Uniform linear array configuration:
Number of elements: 48
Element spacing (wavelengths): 0.75
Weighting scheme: kaiser
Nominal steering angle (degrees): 30
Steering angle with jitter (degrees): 30.984
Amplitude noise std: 0.05
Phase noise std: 0.05

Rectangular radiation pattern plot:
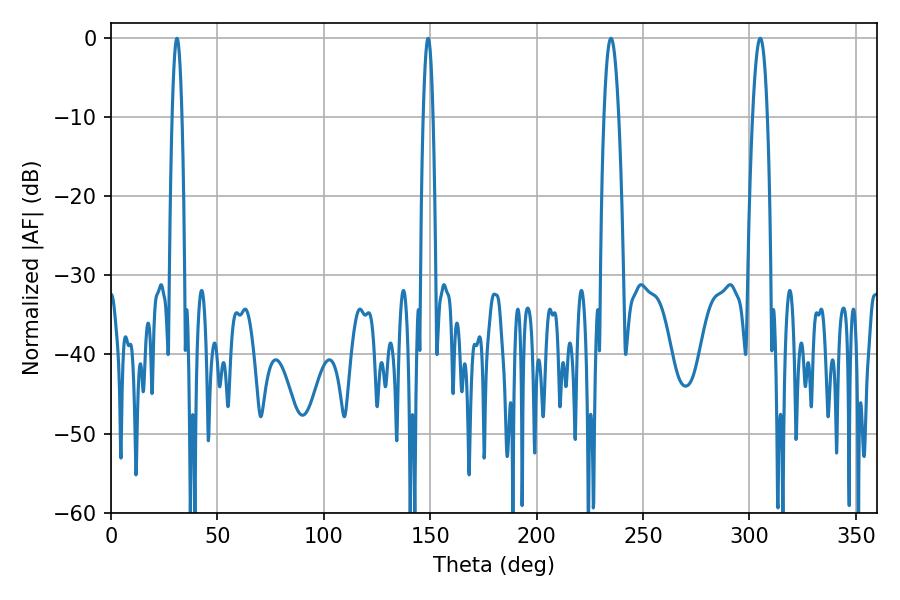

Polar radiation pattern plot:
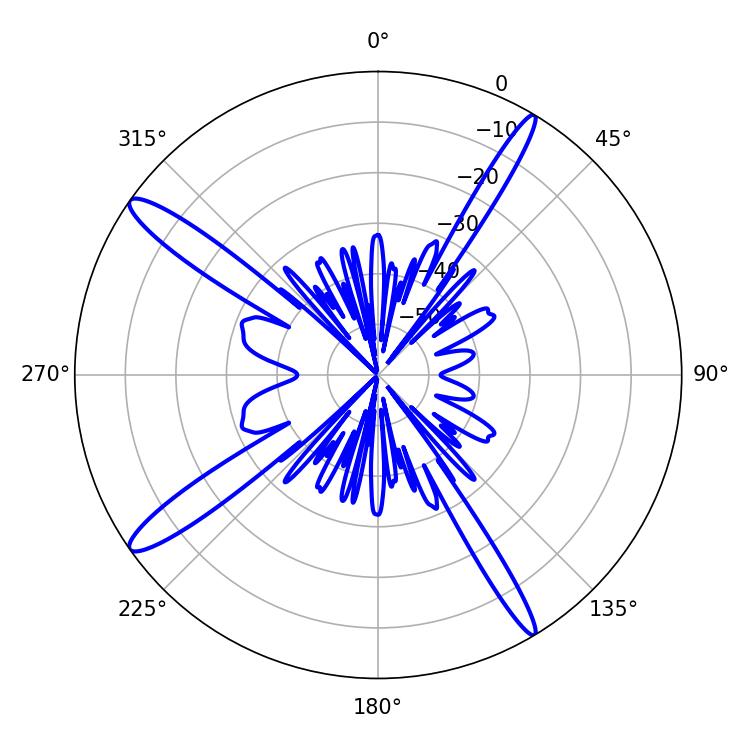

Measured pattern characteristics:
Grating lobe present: TRUE
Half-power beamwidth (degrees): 3.78
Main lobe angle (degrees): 305.1